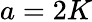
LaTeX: a=2K